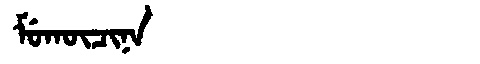
Manchu: ᠮᡠᡴᡡᠴᡳᠨᠠ
Romanization: MUKŪCINA